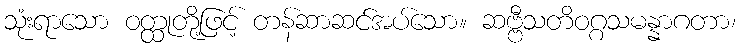
သုံးရာသော ဝတ္ထုတို့ဖြင့် တန်ဆာဆင်အပ်သော။ ဆဗ္ဗီသတိဝဂ္ဂသမန္နာဂတာ၊